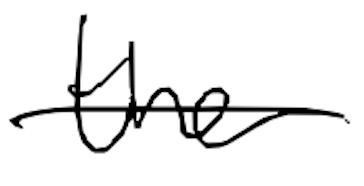
Text: the
Cross-out: single-line
Writing tool: digital_black